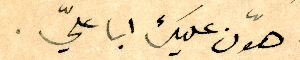
هوّن عليك ابا عليّ.